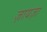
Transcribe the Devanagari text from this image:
ज़ायज़ा